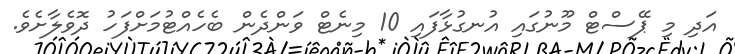
އަދި މި ޕޭސްޓް މޫނުގައި އުނގުޅާފައި 10 މިނެޓް ވަންދެން ބެހެއްޓުމަށްފަހު ދޮވެލާށެވެ.